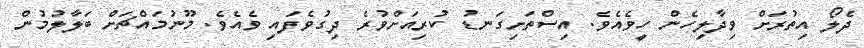
ދެލޯ އިތުރަށް ވިދާލިހެން ހީވެއެވެ. އިސްތަށިގަނޑު ކުރިއަށްވުރެ ދިގުވެފައި ވެއެވެ. މޫނުމައްޗަށް ބަލާލުމުން